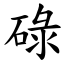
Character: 碌